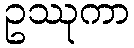
ဥဿုကာ